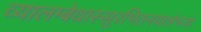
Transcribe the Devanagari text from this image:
व्यालम्बेथास्सुरभितनयालंभजां